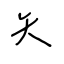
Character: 矢